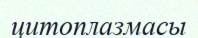
цитоплазмасы